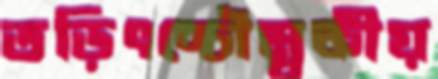
তড়িৎচ্চৌম্বকীয়